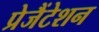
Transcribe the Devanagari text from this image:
प्रेजैंटेशन